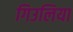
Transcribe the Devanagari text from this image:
गिउलिया